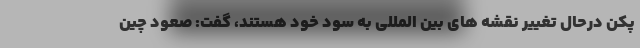
پکن درحال تغییر نقشه های بین المللی به سود خود هستند، گفت: صعود چین